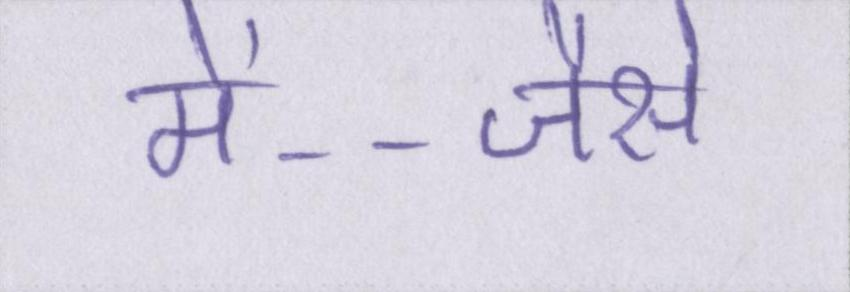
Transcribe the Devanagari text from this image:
में--जैसे